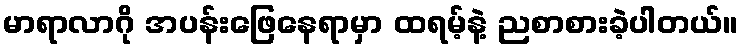
မာရာလာဂို အပန်းဖြေနေရာမှာ ထရမ့်နဲ့ ညစာစားခဲ့ပါတယ်။